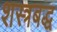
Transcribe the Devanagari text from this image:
शस्त्रबद्ध